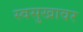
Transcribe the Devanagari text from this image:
स्वसुखावर